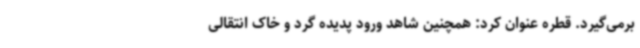
برمی‌گیرد. قطره عنوان کرد: همچنین شاهد ورود پدیده گرد و خاک انتقالی